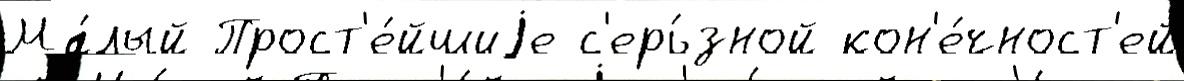
Ма́лый Прост'е́йшиjе с'ерь́зной кон'е́чност'ей